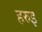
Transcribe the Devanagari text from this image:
हरुइ